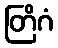
တြိဂံ